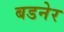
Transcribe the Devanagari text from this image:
बडनेर